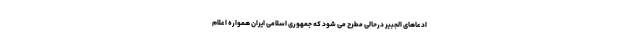
ادعاهای الجبیر درحالی مطرح می شود که جمهوری اسلامی ایران همواره اعلام